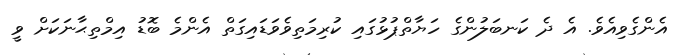
އެންގެވިއެވެ. އެ ދެ ކަނބަލުންގެ ހަޔާތްޕުޅުގައި ކުރިމަތިވެވަޑައިގަތް އެންމެ ބޮޑު އިމްތިޙާނަކަށް ވީ